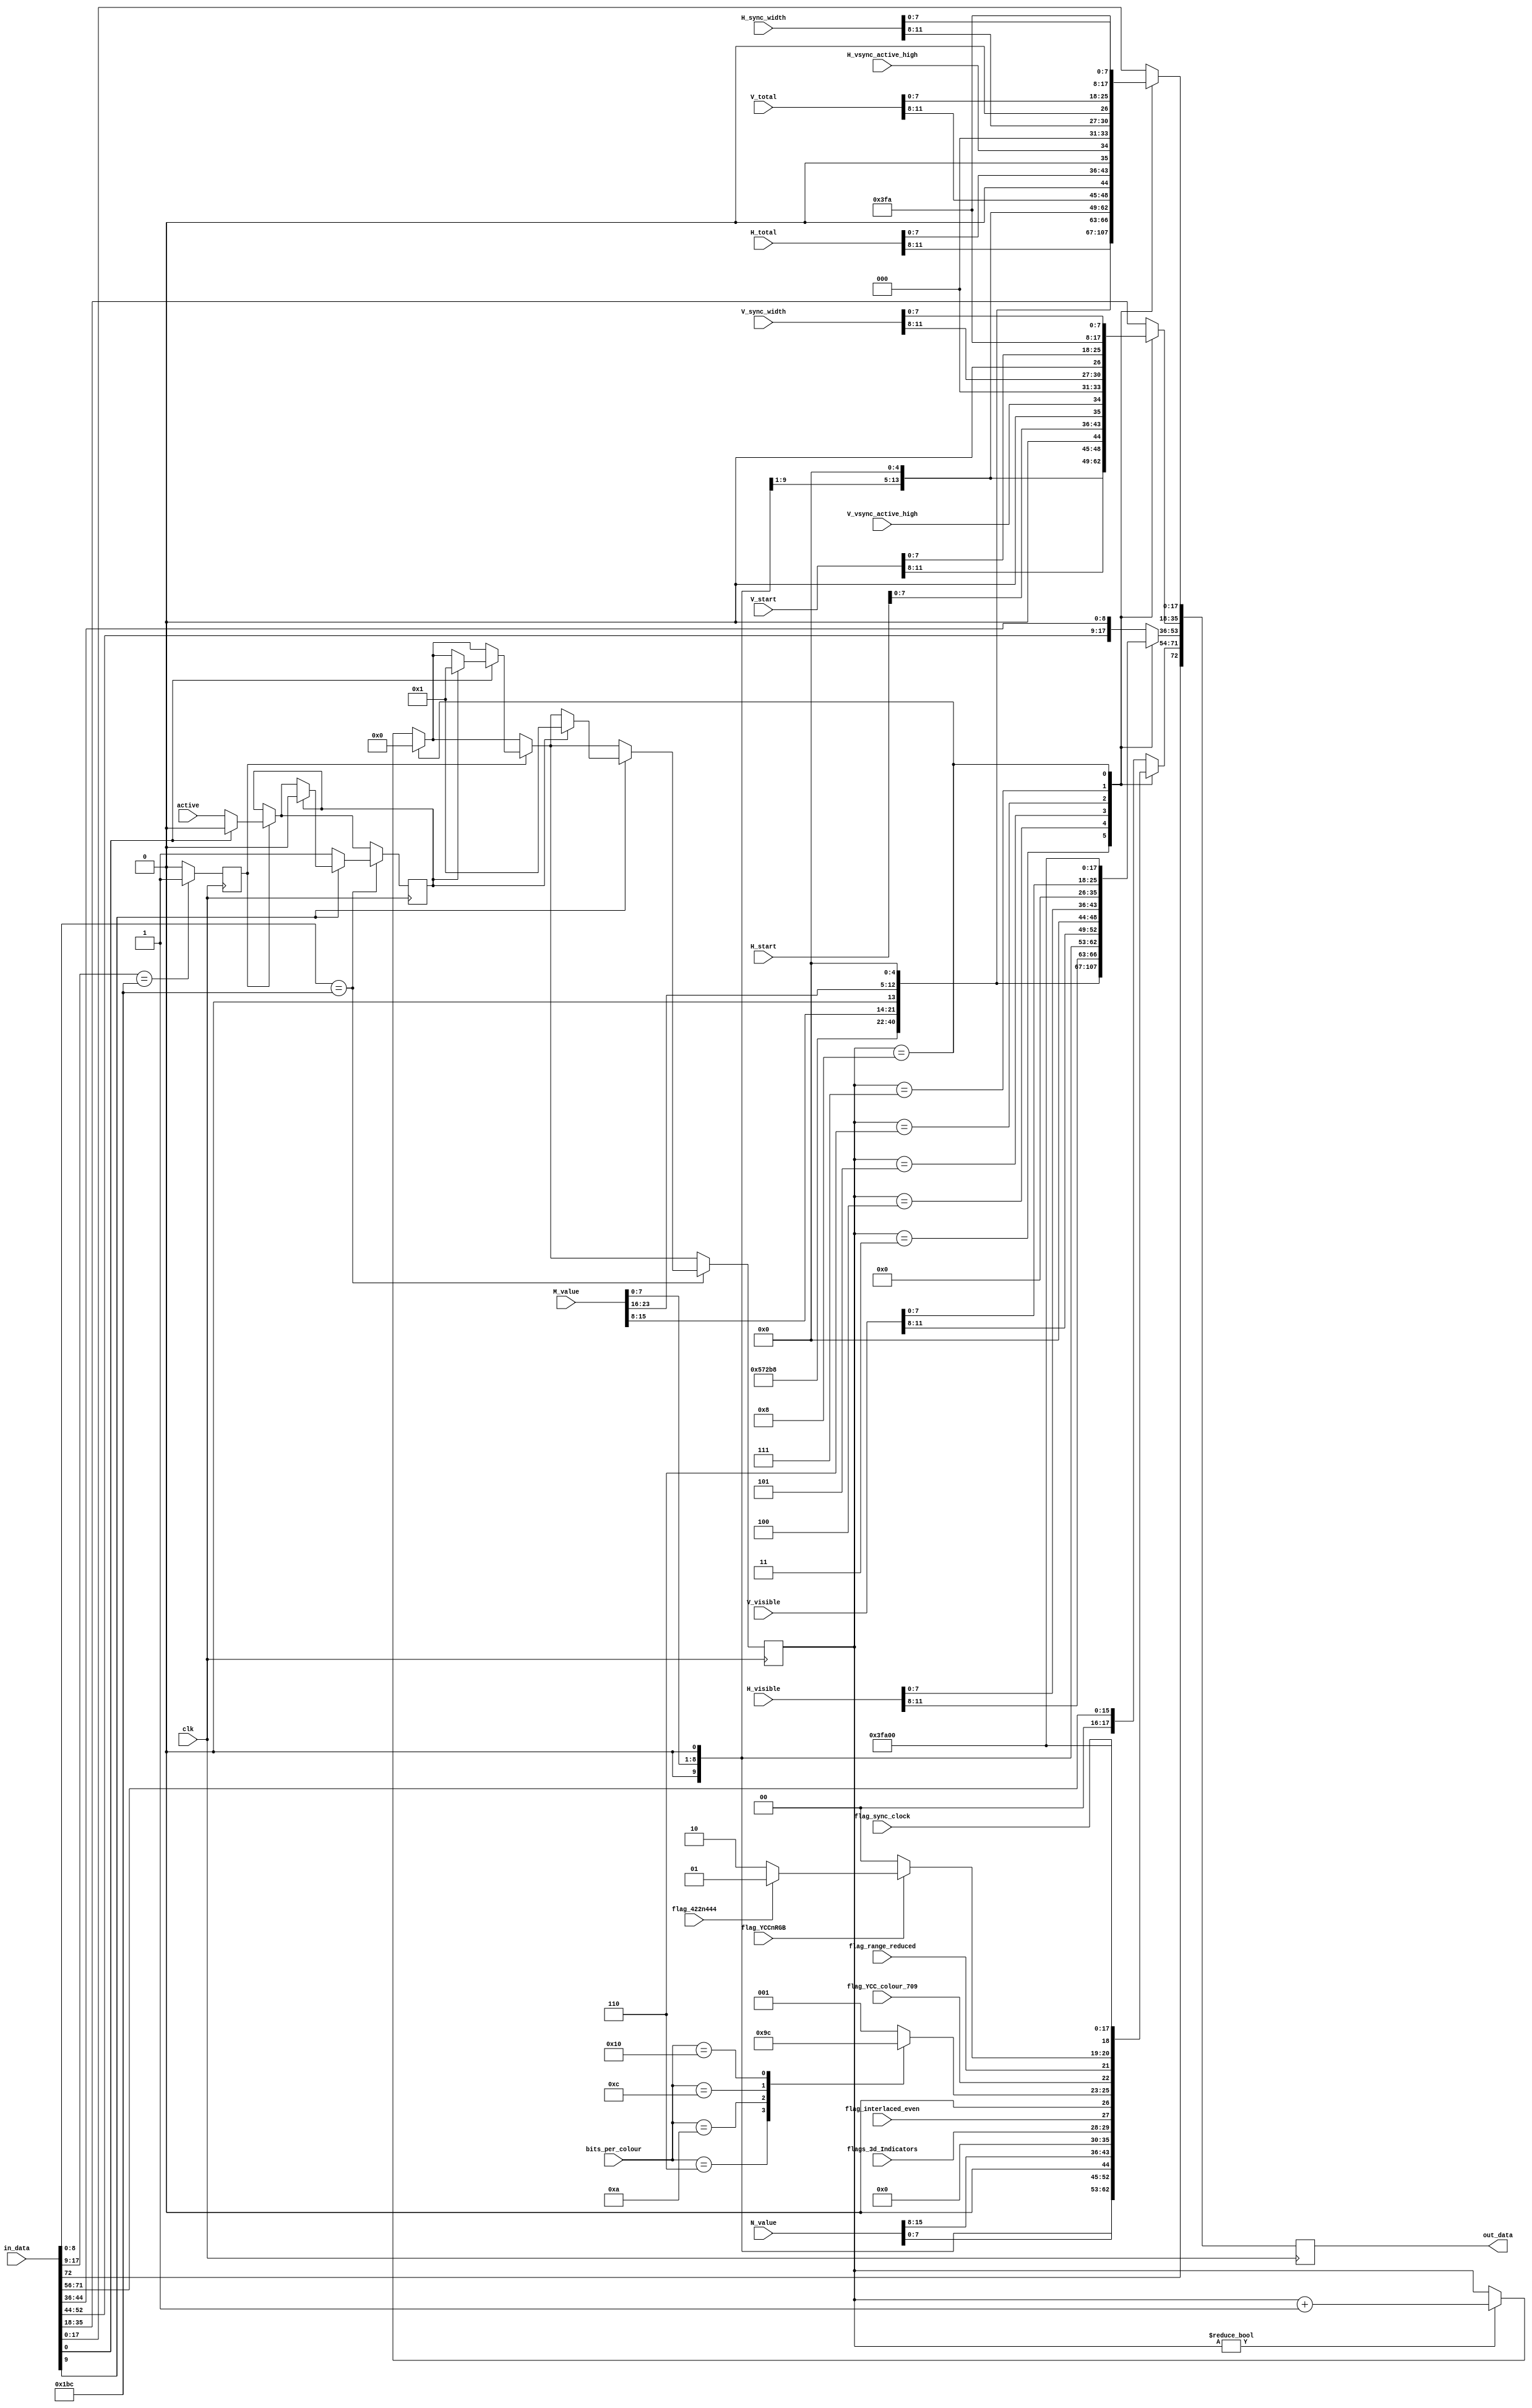
///////////////////////////////////////////////////////////////////////////////
// insert_main_stream_attrbutes_four_channels.v : 
//
//
// Part of the DisplayPort_Verlog project - an open implementation of the 
// DisplayPort protocol for FPGA boards. 
//
// See https://github.com/hamsternz/DisplayPort_Verilog for latest versions.
//
///////////////////////////////////////////////////////////////////////////////
// Version |  Notes
// ----------------------------------------------------------------------------
//   1.0   | Initial Release
//
///////////////////////////////////////////////////////////////////////////////
//
// MIT License
// 
// Copyright (c) 2019 Mike Field
// 
// Permission is hereby granted, free of charge, to any person obtaining a copy
// of this software and associated documentation files (the "Software"), to deal
// in the Software without restriction, including without limitation the rights
// to use, copy, modify, merge, publish, distribute, sublicense, and/or sell
// copies of the Software, and to permit persons to whom the Software is
// furnished to do so, subject to the following conditions:
// 
// The above copyright notice and this permission notice shall be included in all
// copies or substantial portions of the Software.
// 
// THE SOFTWARE IS PROVIDED "AS IS", WITHOUT WARRANTY OF ANY KIND, EXPRESS OR
// IMPLIED, INCLUDING BUT NOT LIMITED TO THE WARRANTIES OF MERCHANTABILITY,
// FITNESS FOR A PARTICULAR PURPOSE AND NONINFRINGEMENT. IN NO EVENT SHALL THE
// AUTHORS OR COPYRIGHT HOLDERS BE LIABLE FOR ANY CLAIM, DAMAGES OR OTHER
// LIABILITY, WHETHER IN AN ACTION OF CONTRACT, TORT OR OTHERWISE, ARISING FROM,
// OUT OF OR IN CONNECTION WITH THE SOFTWARE OR THE USE OR OTHER DEALINGS IN THE
// SOFTWARE.
//
///////////////////////////////////////////////////////////////////////////////
//
// Want to say thanks?
//
// This design has taken many hours - 3 months of work for the initial VHDL
// design, and another month or so to convert it to Verilog for this release.
//
// I'm more than happy to share it if you can make use of it. It is released
// under the MIT license, so you are not under any onus to say thanks, but....
//
// If you what to say thanks for this design either drop me an email, or how about
// trying PayPal to my email (hamster@snap.net.nz)?
//
//  Educational use - Enough for a beer
//  Hobbyist use    - Enough for a pizza
//  Research use    - Enough to take the family out to dinner
//  Commercial use  - A weeks pay for an engineer (I wish!)
//
///////////////////////////////////////////////////////////////////////////////
module insert_main_stream_attrbutes_four_channels(
        input  clk,
        //---------------------------------------------------
        // This determines how the MSA is packed
        //---------------------------------------------------      
        input  active,
        //---------------------------------------------------
        // The MSA values (some are range reduced and could 
        // be 16 bits ins size)
        //---------------------------------------------------      
        input  [23:0] M_value,
        input  [23:0] N_value,
        input  [11:0] H_visible,
        input  [11:0] V_visible,
        input  [11:0] H_total,
        input  [11:0] V_total,
        input  [11:0] H_sync_width,
        input  [11:0] V_sync_width,
        input  [11:0] H_start,
        input  [11:0] V_start,
        input         H_vsync_active_high,
        input         V_vsync_active_high,
        input         flag_sync_clock,
        input         flag_YCCnRGB,
        input         flag_422n444,
        input         flag_range_reduced,
        input         flag_interlaced_even,
        input         flag_YCC_colour_709,
        input   [1:0] flags_3d_Indicators,
        input   [4:0] bits_per_colour,
        //---------------------------------------------------
        // The stream of pixel data coming in and out
        //---------------------------------------------------
        input      [72:0] in_data,
        output reg [72:0] out_data);

    localparam [8:0] SS  = 9'b101011100;   // K28.2
    localparam [8:0] SE  = 9'b111111101;   // K29.7
    localparam [8:0] BS  = 9'b110111100;   // K28.5

  //  wire [8:0] msa [39:0];

    reg [7:0] misc0;
    reg [7:0] misc1;
    
    reg [3:0] count;

    reg [0:0] last_was_bs;
    reg [0:0] armed;

initial begin
        count       <= 4'b0000;
        armed       <= 1'b0;
        last_was_bs <= 1'b0;
    end


always @(*) begin
        case(bits_per_colour)
           5'b00110: misc0[7:5] = 3'b000;  //  6 bpc
           5'b01000: misc0[7:5] = 3'b001;  //  8 bpp
           5'b01010: misc0[7:5] = 3'b010;  // 10 bpp
           5'b01100: misc0[7:5] = 3'b011;  // 12 bpp
           5'b10000: misc0[7:5] = 3'b100;  // 16 bpp 
           default:  misc0[7:5] = 3'b001;  // default to 8                                     
        endcase
    
        misc0[4]          = flag_YCC_colour_709;
        misc0[3]          = flag_range_reduced;
        if(flag_YCCnRGB == 1'b0) begin
            misc0[2:1] = 2'b00;  // RGB444
        end else if(flag_422n444 == 1'b1) begin
            misc0[2:1] = 2'b01;  // YCC422
        end else begin
            misc0[2:1] = 2'b10;  // YCC444
        end 
        misc0[0]          = flag_sync_clock;   

        misc1 = {5'b00000, flags_3d_Indicators, flag_interlaced_even};
    end

always @(posedge clk) begin
    out_data[72] <= in_data[72];

    // channel One
    case(count)
     // 4'b0000: // while waiting for BS symbol
     // 4'b0001: // reserved for VB-ID, Maud, Mvid   // Note the VB-ID Maud + Mvid are repeated once
     // 4'b0010: // reserved for VB-ID, Maud, Mvid
        4'b0011: out_data[17:0] <= { SS,                                                    SS }; 
        4'b0100: out_data[17:0] <= { 1'b0, M_value[15:8],                                   1'b0, M_value[23:16] };
        4'b0101: out_data[17:0] <= { 1'b0, 4'b0000, H_total[11:8],                          1'b0, M_value[7:0] };
        4'b0110: out_data[17:0] <= { 1'b0, 4'b0000, V_total[11:8],                          1'b0, H_total[7:0] };
        4'b0111: out_data[17:0] <= { 1'b0, H_vsync_active_high, 3'b000, H_sync_width[11:8], 1'b0, V_total[7:0] };
        4'b1000: out_data[17:0] <= { 1'b0, SE,                                              1'b0, H_sync_width[7:0] };
        default: out_data[17:0] <= { in_data[17:9],                                         in_data[8:0]};
    endcase

    // channel Two
    case(count)
     // 4'b0000: // while waiting for BS symbol
     // 4'b0001: // reserved for VB-ID, Maud, Mvid 
     // 4'b0010: // reserved for VB-ID, Maud, Mvid
        4'b0011: out_data[35:18] <= { SS,                                                    SS};
        4'b0100: out_data[35:18] <= { 1'b0, M_value[15:8],                                   1'b0, M_value[23:16]};
        4'b0101: out_data[35:18] <= { 1'b0, 4'b0000, H_start[11:8],                          1'b0, M_value[7:0]};
        4'b0110: out_data[35:18] <= { 1'b0, 4'b0000, V_start[11:8],                          1'b0, H_start[7:0]};
        4'b0111: out_data[35:18] <= { 1'b0, V_vsync_active_high, 3'b000, V_sync_width[11:8], 1'b0, V_start[7:0]};
        4'b1000: out_data[35:18] <= { 1'b0, SE,                                              1'b0, V_sync_width[7:0]};
        default: out_data[35:18] <= { in_data[35:27],                                        in_data[26:18] };
    endcase
    
    // Channel three           
    case(count)
     // 4'b0000: // while waiting for BS symbol
     // 4'b0001: // reserved for VB-ID, Maud, Mvid   // Note the VB-ID Maud + Mvid are repeated once
     // 4'b0010: // reserved for VB-ID, Maud, Mvid
        4'b0011: out_data[53:36] <= { SS,                                                    SS }; 
        4'b0100: out_data[53:36] <= { 1'b0, M_value[15:8],                                   1'b0, M_value[23:16] };
        4'b0101: out_data[53:36] <= { 1'b0, 4'b0000, H_visible[11:8],                        1'b0, M_value[7:0] };
        4'b0110: out_data[53:36] <= { 1'b0, 4'b0000, V_visible[11:8],                        1'b0, 4'b0000, H_visible[7:0] };
        4'b0111: out_data[53:36] <= { 1'b0, 8'b00000000,                                     1'b0, 4'b0000, V_visible[7:0] };
        4'b1000: out_data[53:36] <= { 1'b0, SE,                                              1'b0, 8'b00000000 };
        default: out_data[53:36] <= { in_data[53:44],                                        in_data[44:36]};
    endcase

    // channel Four 
    case(count)
     // 4'b0000: // while waiting for BS symbol
     // 4'b0001: // reserved for VB-ID, Maud, Mvid 
     // 4'b0010: // reserved for VB-ID, Maud, Mvid
        4'b0011: out_data[71:54] <= { SS,                                                    SS};
        4'b0100: out_data[71:54] <= { 1'b0, M_value[15:8],                                   1'b0, M_value[23:16]};
        4'b0101: out_data[71:54] <= { 1'b0, N_value[23:16],                                  1'b0, M_value[7:0]};
        4'b0110: out_data[71:54] <= { 1'b0, N_value[7:0],                                    1'b0, N_value[15:8]}; 
        4'b0111: out_data[71:54] <= { 1'b0, misc1,                                           1'b0, misc0};
        4'b1000: out_data[71:54] <= { 1'b0, SE,                                              1'b0, 8'b00000000}; 
        default: out_data[71:54] <= { in_data[71:64],                                        in_data[63:56] };
    endcase
                
    //---------------------------------------------------------
    // Update the counter
    //----------------------------------------------------------
    if(count == 4'b1000) begin
        count <= 4'b0000;
    end else if(count != 4'b0000) begin
        count <= count + 1;
    end

    //------------------------------------------
    // Was the BS in the channel 0's data1 symbol
    // during the last cycle? 
    //-------------------------------------------            
    if(last_was_bs == 1'b1) begin
        //-------------------------------
        // This time in_ch0_data0 = VB-ID
        // First, see if this is a line in 
        // the VSYNC
        //-------------------------------
        if(in_data[0] == 1'b1) begin
            if(armed == 1'b1) begin
                count <= 4'b0001;
                armed <= 1'b0;
            end
        end else begin
            // Not in the Vblank. so arm the trigger to send the MSA 
            // when the next BS with Vblank asserted occurs                      
            armed <= active;
        end
    end

    //-------------------------------------------
    // Is the BS in the channel 0's data0 symbol? 
    //-------------------------------------------
    if(in_data[8:0] == BS) begin
        //-------------------------------
        // This time in_data[17:9] = VB-ID
        // First, see if this is a line in 
        // the VSYNC
        //-------------------------------
        if(in_data[9] == 1'b1) begin
            if(armed == 1'b1) begin
                count <= 4'b0001;
                armed <= 1'b0;
            end
        end else begin
            // Not in the Vblank. so arm the trigger to send the MSA 
            // when the next BS with Vblank asserted occurs                      
            armed <= 1'b1;
        end 
    end
    
    //-------------------------------------------
    // Is the BS in the channel 0's data1 symbol? 
    //-------------------------------------------
    last_was_bs <= (in_data[17:9] == BS) ? 1'b1 : 1'b0;
end

endmodule